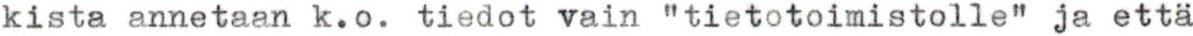
kista annetaan k.o. tiedot vain "tietotoimistolle" ja että